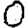
Digit: 0